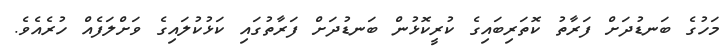
މަހުގެ ބަނޑުދަށް ފަރާތު ކޮތަރިބައިގެ ކުރީކޮޅުން ބަނޑުދަށް ފަރާތުގައި ކަޅުކުލައިގެ ވަށްލަފެއް ހުރެއެވެ.